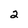
Character: 2